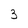
Character: 3